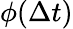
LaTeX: \phi(\Delta t)